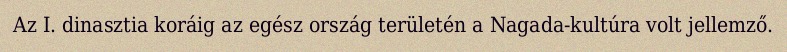
Az I. dinasztia koráig az egész ország területén a Nagada-kultúra volt jellemző.